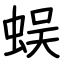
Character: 蜈